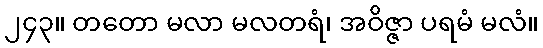
၂၄၃။ တတော မလာ မလတရံ၊ အဝိဇ္ဇာ ပရမံ မလံ။